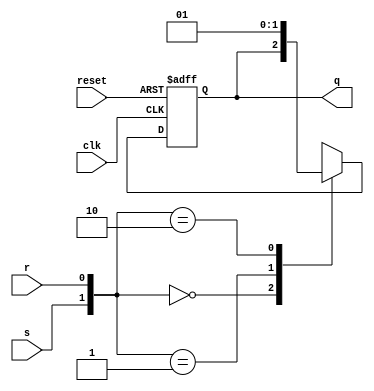
module sr_flip_flop (
    input wire clk,   
    input wire reset, 
    input wire s,    
    input wire r,     
    output reg q       
);

    always @(posedge clk or posedge reset) begin
        if (reset) begin
            q <= 1'b0;  
        end else begin
            case ({s, r})
                2'b00: q <= q;       
                2'b01: q <= 1'b0;     
                2'b10: q <= 1'b1;    
                2'b11: q <= 1'bx;      
                default: q <= q;       
            endcase
        end
    end

endmodule